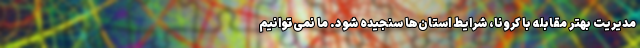
مدیریت بهتر مقابله با کرونا، شرایط استان‌ها سنجیده شود. ما نمی‌توانیم